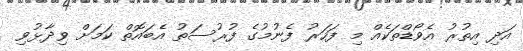
އަދި އިތުރު އެވޯޑްތަކެއް މި ފަހަރު ފެނުމުގެ ފުރުސަތު އެބައޮތް ކަމަށް ވިދާޅުވި